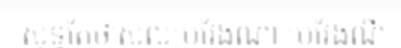
សុទ្ធតែថាសល់ប្រវែងណា ប្រវែងណី